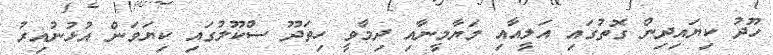
ހޫދު ކިޔައިދިން ގޮތުގައި އަލީއާއި މަޔާމީނާއި ދިމާވީ ހިތަދޫ ސްކޫލުގައި ކިޔަވަން އުޅުނުއިރު